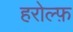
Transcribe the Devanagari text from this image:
हरोल्फ़